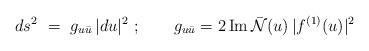
LaTeX: \begin{align*}ds^2~=~g_{u{\bar u}} \, |du|^2 \ ;\qquad g_{u{\bar u}}=2 \, {\rm Im}\, {\bar {\cal N}}(u) \, |f^{(1)}(u)|^2\\\end{align*}